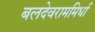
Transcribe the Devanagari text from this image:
बलदेवराममिर्धा